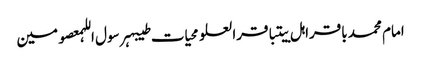
امام محمد باقراہل بیتباقرالعلومحیات طیبہرسول اللہمعصومین